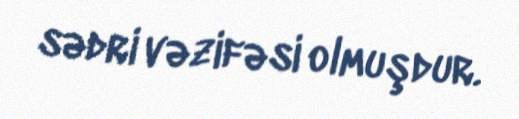
sədri vəzifəsi olmuşdur.